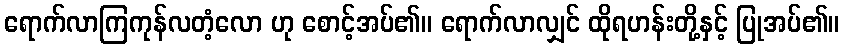
ရောက်လာကြကုန်လတံ့လော ဟု စောင့်အပ်၏။ ရောက်လာလျှင် ထိုရဟန်းတို့နှင့် ပြုအပ်၏။